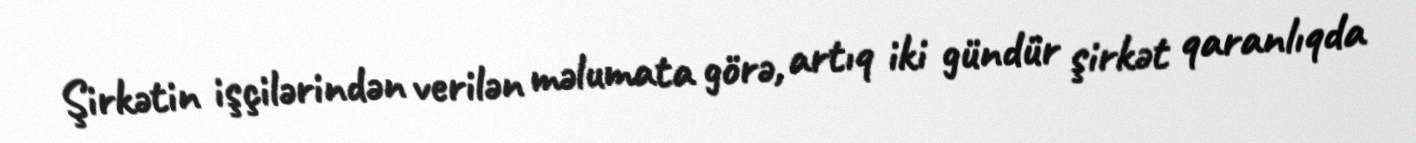
Şirkətin işçilərindən verilən məlumata görə, artıq iki gündür şirkət qaranlıqda